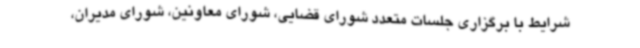
شرایط با برگزاری جلسات متعدد شورای قضایی، شورای معاونین، شورای مدیران،